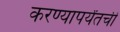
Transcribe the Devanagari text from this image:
करण्यापर्यंतची